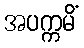
အပက္ကမိံ